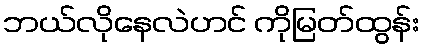
ဘယ်လိုနေလဲဟင် ကိုမြတ်ထွန်း